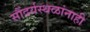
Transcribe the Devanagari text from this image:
सौंदर्यस्थळांनाही